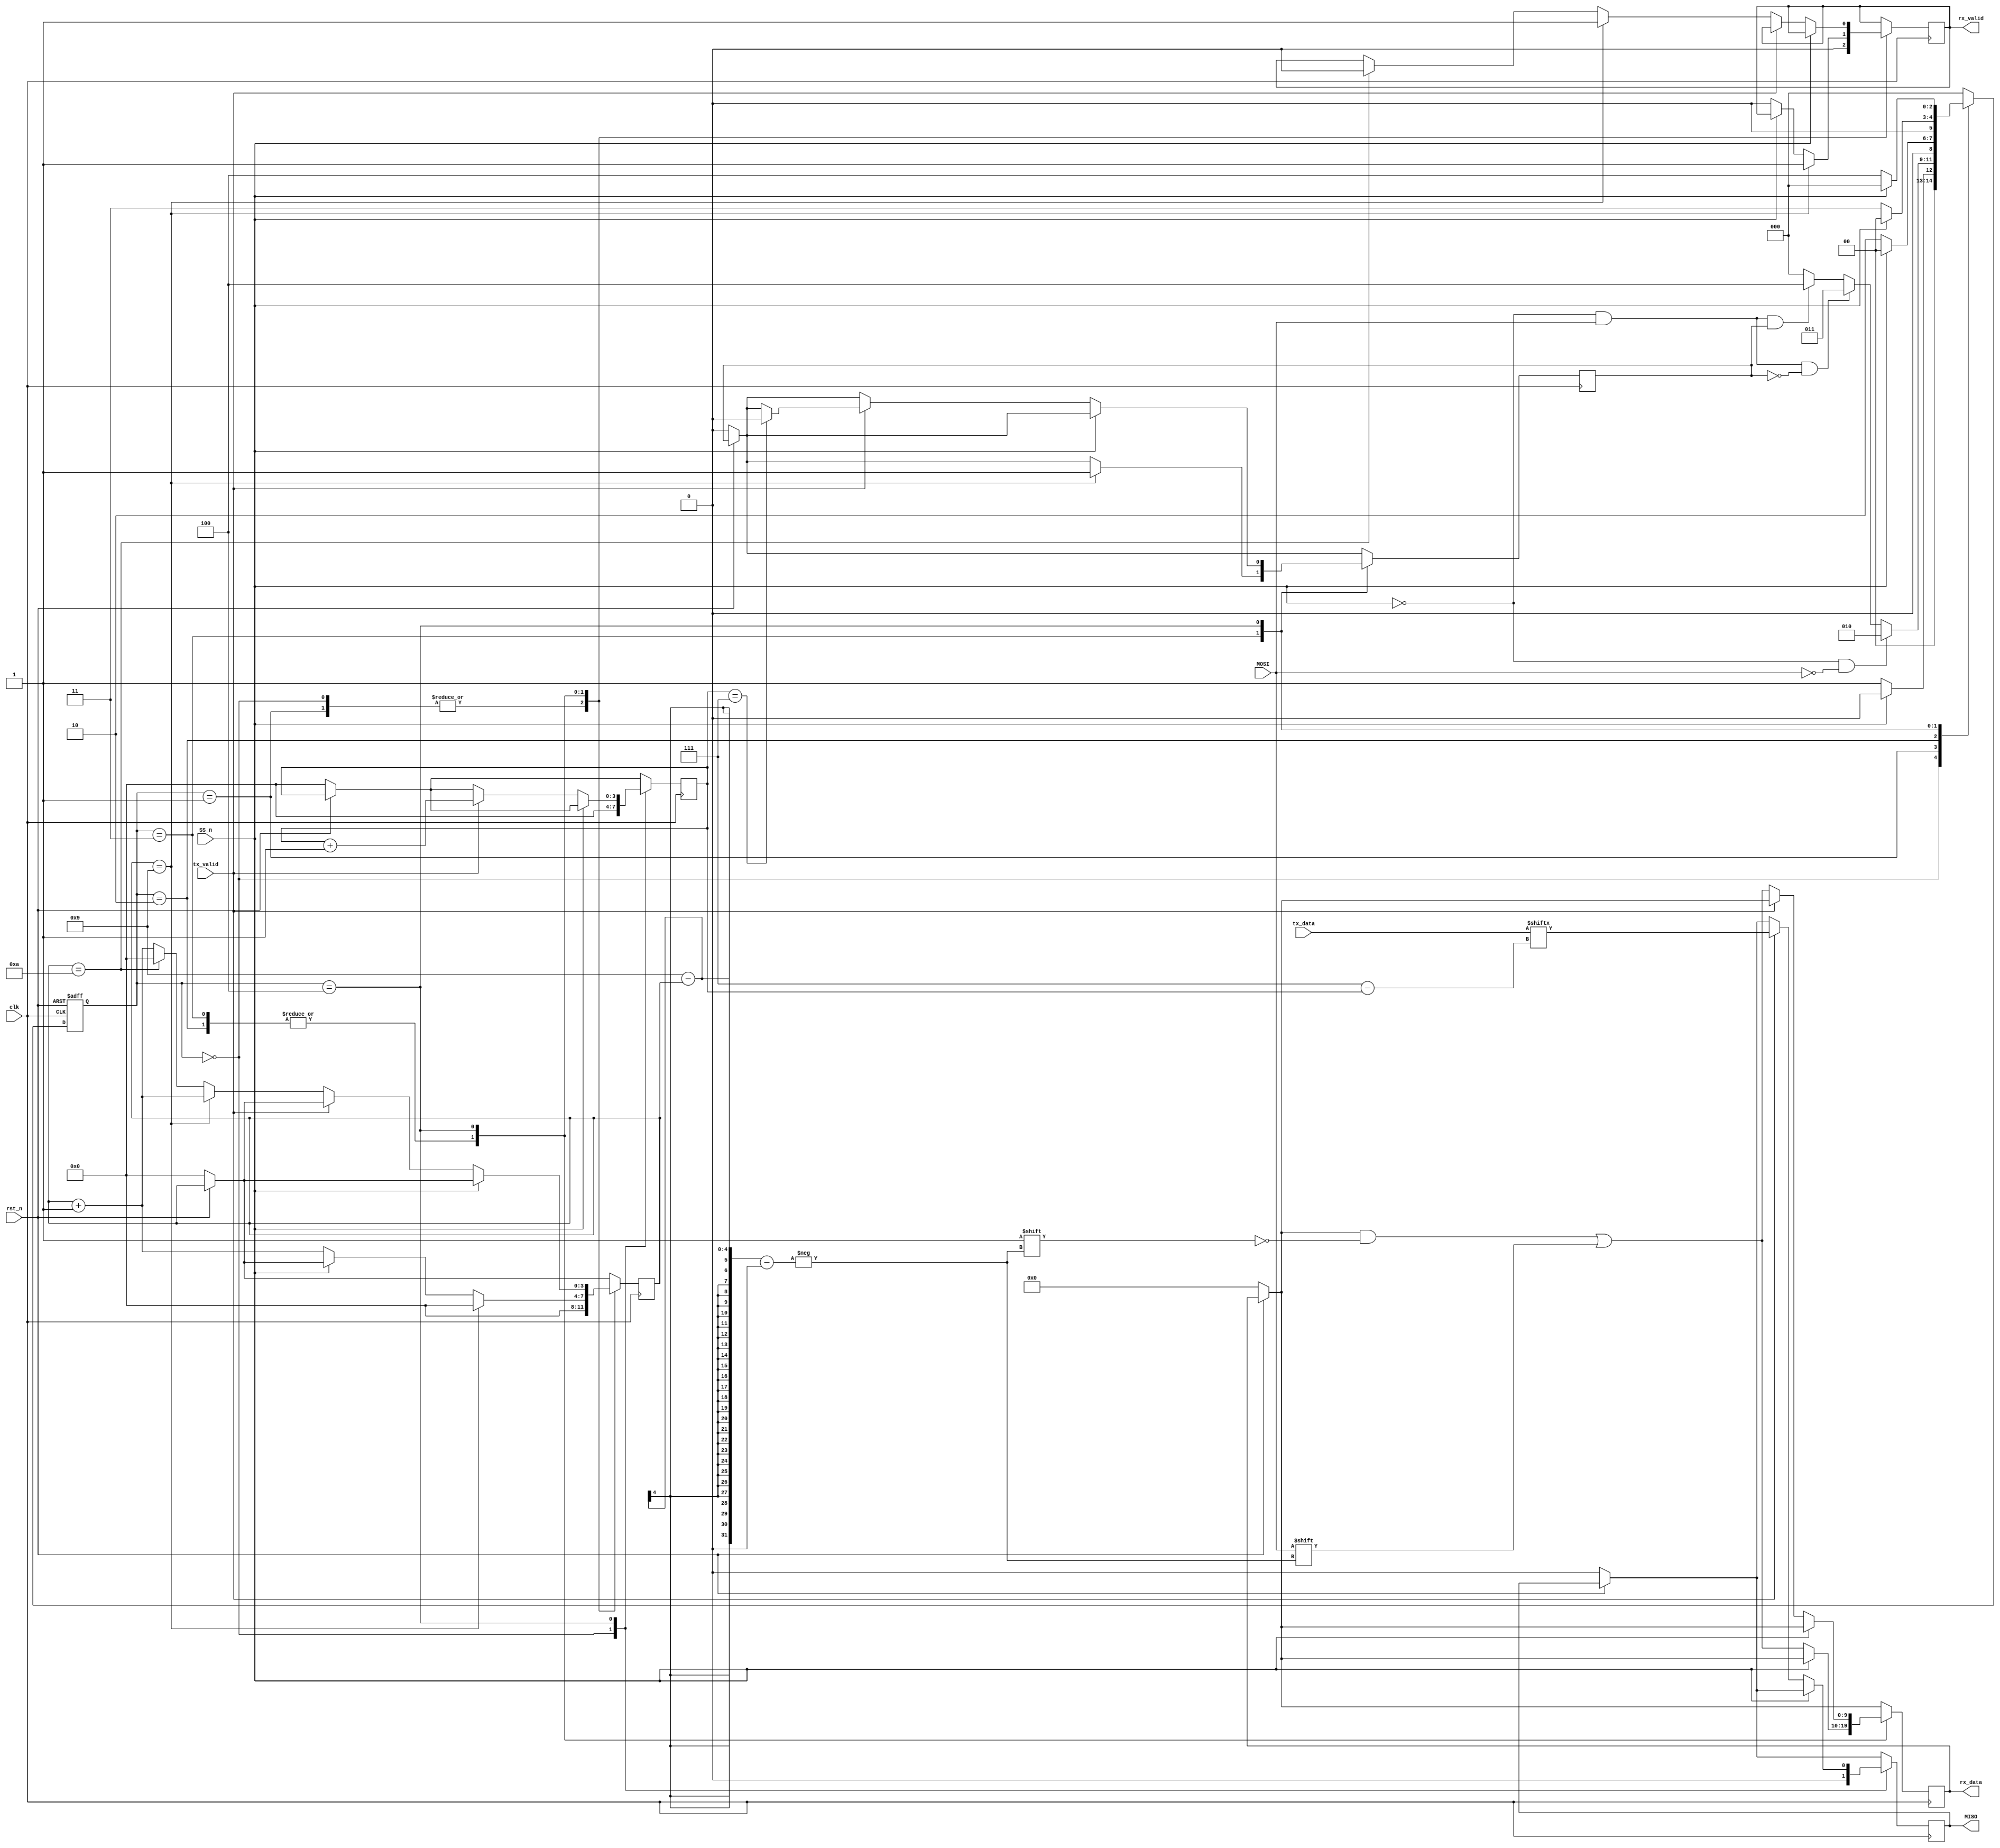
module SPI_SLAVE(
  input SS_n,
  input clk,
  input rst_n,
  input tx_valid,
  input [7:0]tx_data,
  input MOSI,
  output reg MISO,
  output reg rx_valid,
  output reg [9:0] rx_data

/************* if need to display it remove comments & comment signals down & take care about (,) (;)*****************/
  ////if need display it on waveform
  //output reg [2:0]current_state,next_state,
  //output reg [3:0]Counter=4'b0,
  //output reg [3:0]Counter_tm=4'b0,  
  //output reg Have_Addrress
);
  parameter IDLE      = 3'b000;
  parameter CHK_CMD   = 3'b001;
  parameter WRITE     = 3'b010;
  parameter READ_ADD  = 3'b011;
  parameter READ_DATA = 3'b100;

  reg [2:0]current_state,next_state;
  reg [3:0]Counter=4'b0;
  reg [3:0]Counter_tm=4'b0;
  reg Have_Addrress;

  //State Memory
  always @(posedge clk or negedge rst_n) begin
	      if (~rst_n)begin
	          current_state<=IDLE;
	      end
	      else
	          current_state<=next_state;
  end

  //Next State
  always@(*)begin
      case(current_state)
        IDLE:
            if(SS_n==1'b0)
                next_state<=CHK_CMD;
            else
              next_state<=IDLE;    

        CHK_CMD:
            if(SS_n==1'b0 && MOSI==1'b0)
                next_state<=WRITE;
            else if(SS_n==1'b0 && MOSI==1'b1 && Have_Addrress==1'b0)
                next_state<=READ_ADD;
            else if(SS_n==1'b0 && MOSI==1'b1 && Have_Addrress==1'b1)
                next_state<=READ_DATA;
            else 
                next_state<=IDLE;

        WRITE:
            if(SS_n==1'b1)
                next_state<=IDLE;
            else
                next_state<=WRITE;

        READ_ADD:
            if(SS_n==1'b1)
                next_state<=IDLE;
            else
                next_state<=READ_ADD;
  
        READ_DATA:
            if(SS_n==1'b1)
                next_state<=IDLE;
            else
                next_state<=READ_DATA;
        default:next_state<=IDLE;
      endcase
  end

  //Output State
  always@(posedge clk)begin
      if(~rst_n)begin
          Counter <= 4'b0;
          Counter_tm <= 4'b0;
          MISO<=0;
          Have_Addrress<=0;
          rx_data <=10'b0;
      end
      case(current_state)
          IDLE:begin
              Counter <= 4'b0;
              Counter_tm <= 4'b0;
              rx_valid<=1'b0;
              MISO<=1'b0;
          end

          CHK_CMD:begin
              Counter<=1'b0;
              rx_valid <= 1'b0; 
          end

          WRITE:begin
              if(SS_n==0 )begin
                rx_data[9-Counter]<=MOSI;
                Counter<=Counter+1'b1;
                rx_valid <= 1'b0; 
              end
              if(Counter==9)begin
                rx_valid<=1'b1;
                Counter<=1'b0;
              end
          end

          READ_ADD:begin
              if(SS_n==0)begin
                rx_data[9-Counter]<=MOSI;
                Counter<=Counter+1'b1;
                rx_valid <= 1'b0;
              end
              if(Counter==9)begin
                rx_valid<=1'b1;
                Counter<=1'b0;
                Have_Addrress<=1'b1;
              end
          end
    
          READ_DATA:begin
              if(SS_n==0)begin
                if(tx_valid==1'b0)begin
                  rx_data[9-Counter]<=MOSI;
                  Counter<=Counter+1'b1;
                    if(Counter==9)begin
                      //Counter<=1'b0;
                      rx_valid<=1'b1;
                    end else if (Counter== 4'b1010)begin 
                          Counter<=1'b0;
                          rx_valid<=1'b0;
                    end
                end else if(tx_valid==1'b1)begin
                  MISO<=tx_data[7-(Counter_tm)];
                  Counter_tm<=Counter_tm+1'b1;
                    if(Counter_tm==7)begin
                      Have_Addrress<=1'b0;
                      //Counter_tm<=1'b0;
                    end
                end
              end
          end
      endcase
  end
endmodule